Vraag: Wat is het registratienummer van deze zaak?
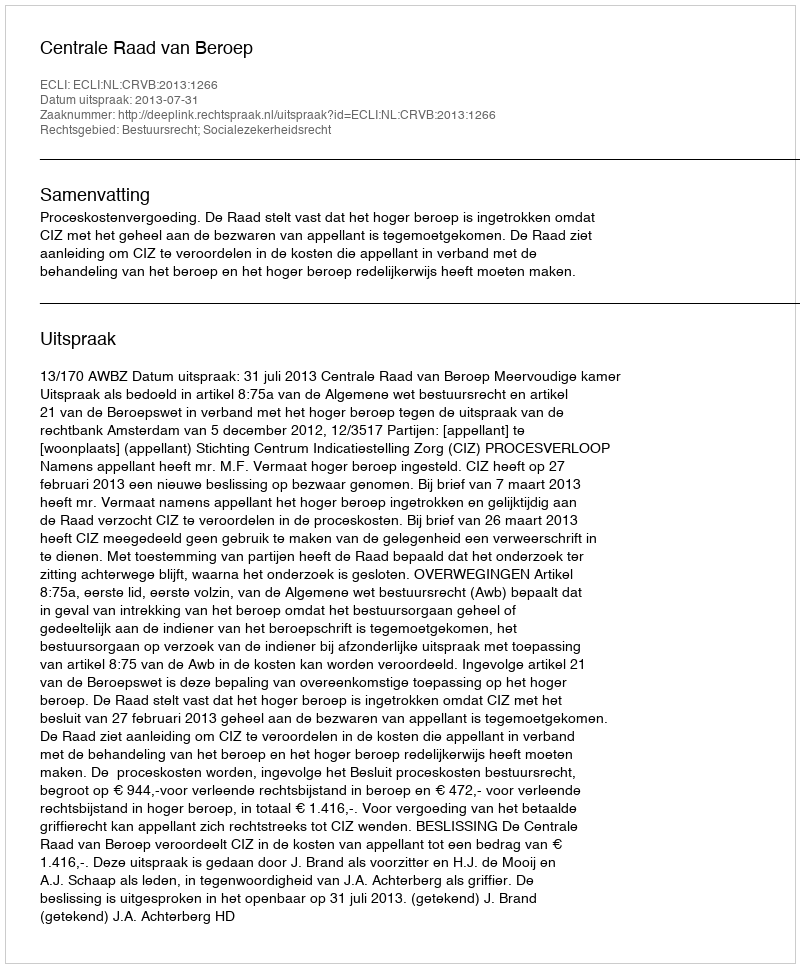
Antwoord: http://deeplink.rechtspraak.nl/uitspraak?id=ECLI:NL:CRVB:2013:1266